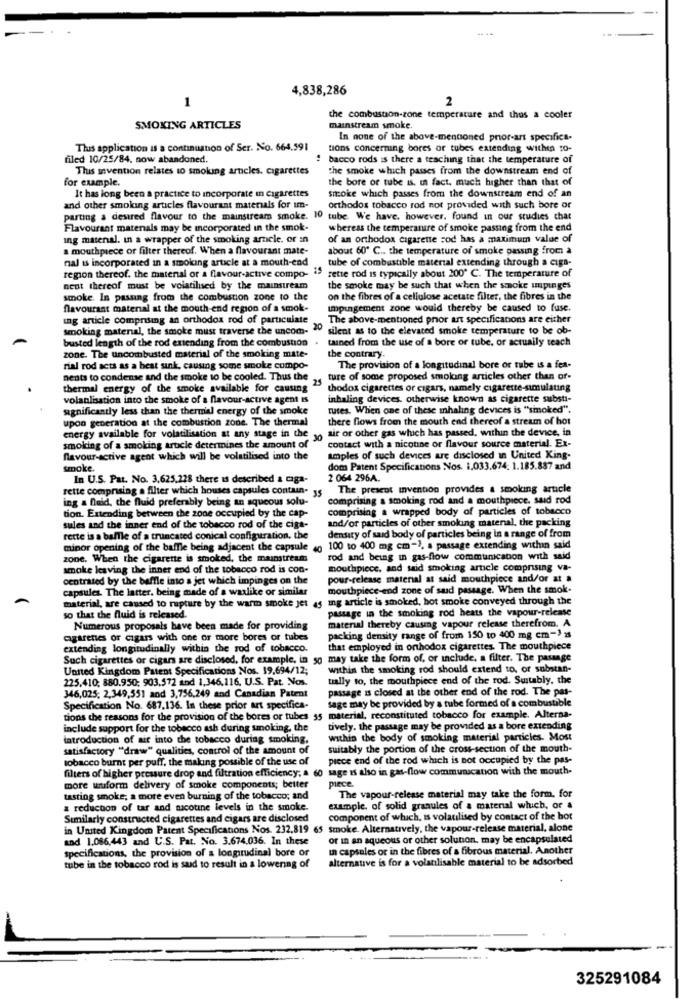
4,838,286
2
1
the combustion-zone temperature and thus a cooler
SMOKING ARTICLES
mainstream smoke.
In none of the above-mentioned prior-art specifica-
Thuis application is a continuation of Ser. No. 664.591
tions concerning bores or tubes extending within so-
filed 10/25/84. now abandoned.
! bacco rods is there a teaching that the temperature of
This invention relates to smolung arneles. cigarettes
the smoke which passes from the downstream end of
for example.
the bore of tube is, in fact, much higher than that of
It has long been a practice to incorporate in cigarettes
smoke which passes from the downstream end of an
and other smoking articles flavourant materials for im-
orthodox tobacco rod not provided with such bore or
parting a desired flavour to the mainstream smoke. 10 tube. We have. however. found in our studies chat
Flavourant matenals may be incorporated in the smok-
whereas the temperature of smoke passing from the end
ing matenal. in a wrapper of the smoking arnele. or in
of an orthodox cigarette sod has a maximum value of
a mouthpiece of filter thereof. When a flavourant mate-
about 60º C .. the temperature of smoke passing from a
nal is incorporated in a smoking article at a mouth-end
tube of combustible material extending through a cigs-
sette rod is typically about 200º C. The temperature of
region thereof. the material or a flavour-active compo-
nent thereof must be volatilused by the mainstream
the smoke may be such that when the smoke impinges
smoke. In passing from the combustion zone to the
on the fibres of a cellulose acetate filter, the fibres in the
flavourant matenal at the mouth end region of a smok-
impingement zone would thereby be caused to fuse.
ing article comprising an orthodox rod of particulate
The above-mentioned pror art specifications are either
smoking material, the smoke must traverse the uncom-
20
silent as to the elevated smoke temperature to be ob-
busted length of the rod extending from the combustion
tuned from the use of a bore or tube, or actually teach
zone. The uncombusted material of the smoking mate-
the contrary
rial rod acts as a best sink, causing some smoke compo-
The provision of a longitudinal bore or tube is a fea-
nents to condense and the smoke to be cooled. Thus the
25
ture of some proposed smoking articles other than or-
thermal energy of the smoke available for causing
thodox cigarettes or cigars, namely cigarette-simulating
volanlisation into the smoke of a flavour-active agent Is
inhaling devices. otherwise known as cigarette substi-
significantly less than the thermal energy of the smoke
tutes. When one of these mhaling devices is "smoked"
upon generation at the combustion zone. The thermal
there flows from the mouth end thereof a stream of hot
air or other gas which has passed, within the device, in
energy available for volatilisation at any stage in the
contact with a nicotine or flavour source material. Ex-
smoking of a smoking article determines the amount of
flavour-active agent which will be volatilised into the
amples of such devices are disclosed in United King-
smoke.
dom Patent Specifications Nos. 1,033.674; 1.185.887 and
In U.S. Pat. No. 3.625,228 there is described & caga-
2 064 296A.
rette comprising a filter which houses capsules contain-
The present invention provides a smoking article
ing a fluid, the fluid preferably being an aqueous solu-
comprising a smoking rod and a mouthpiece. said rod
tion. Extending between the zone occupied by the cap-
comprising a wrapped body of particles of tobacco
and/or particles of other smoking matenal, the packing
sules and the inner end of the tobacco rod of the ciga-
rette is a baffle of a truncated conical configuration, the
density of said body of particles being in a range of from
minor opening of the baffle being adjacent the capsule
100 to 400 mg cm-), a passage extending within said
zone. When the cigarette is smoked, the mainstream
rod and being in gas-flow communication with said
smoke leaving the inner end of the tobacco rod is con-
mouthpiece, and said smoking article comprising va-
centrated by the baffle into a jet which impinges on the
pour-release material at said mouthpiece and/or at a
capsules. The latter, being made of a waxlike or similar
mouthpiece-end zone of sad passage. When the smok.
material, are caused to rupture by the warm smoke jet 45 ing article is smoked, hot smoke conveyed through the
passage in the smoking rod heats the vapour-release
so that the fluid is released.
Numerous proposals have been made for providing
material thereby causing vapour release therefrom. A
agarenes or cigars with one or more bores or tubes
packing density range of from 150 to 400 mg cm-3 1s
extending longitudinally within the rod of tobacco.
that employed in orthodox cigarettes. The mouthpiece
Such cigarettes or cigars are disclosed, for example, in 50 may take the form of, or include, a filter. The passage
United Kingdom Patent Specifications Nos. 19.694/12;
within the smoking rod should extend to, or substan-
225.410; 880.950; 903,572 and 1,346,116. U.S. Pat. Nos.
tally to, the mouthpiece end of the rod. Suitably, the
passage is closed at the other end of the rod. The pas-
346,025; 2,349,551 and 3,756,249 and Canadian Patent
sage may be provided by a tube formed of a combustible
Specification No. 687,136. In these prior art specifica-
tions the reasons for the provision of the bores or tubes 35
material, reconstituted tobacco for example. Alterna-
include support for the tobacco ash during smoking, the
tively. the passage may be provided as a bore extending
introduction of air into the tobacco during smoking.
within the body of smoking material particles. Most
satisfactory "draw" qualities, control of the amount of
suitably the portion of the cross-section of the mouth-
tobacco burnt per puff, the making possible of the use of
piece end of the rod which is not occupied by the pas-
filters of higher pressure drop and filtration efficiency; a 60 sage is also in gas-flow communication with the mouth-
more uniform delivery of smoke components; better
piece.
tasting smoke, a more even burning of the tobacco; and
The vapour-release material may take the form, for
a reduction of tar and nicotine levels in the smoke.
example. of solid granules of a material which, or a
Similarly constructed cigarettes and cigars are disclosed
component of which, Is volatilised by contact of the hot
in United Kingdom Patent Specificanons Nos. 232,819 65 smoke. Alternatively, the vapour-release material, alone
sad 1.086,443 and U.S. Pat. No. 3.674.036. In these
or in an aqueous or other solution, may be encapsulated
in capsules or in the fibres of a fibrous material. Another
specifications, the provision of a longitudinal bore or
alternative is for a volatilisable material to be adsorbed
tube in the tobacco rod is sud to result in a lowering of
325291084